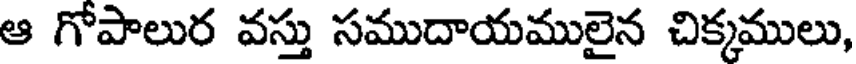
ఆ గోపాలుర వస్తు సముదాయములైన చిక్కములు,